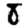
Digit: 8